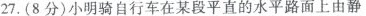
27.(8分)小明骑自行车在某段平直的水平路面上由静